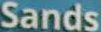
Sands